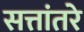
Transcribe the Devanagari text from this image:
सत्तांतरे